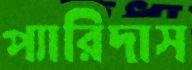
প্যারিদাস